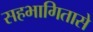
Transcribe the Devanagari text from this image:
सहभागितासे